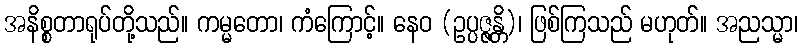
အနိစ္စတာရုပ်တို့သည်။ ကမ္မတော၊ ကံကြောင့်။ နေဝ (ဥပ္ပဇ္ဇန္တိ)၊ ဖြစ်ကြသည် မဟုတ်။ အညသ္မာ၊